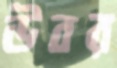
উবর